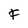
Character: F